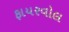
ફાયરવોલ